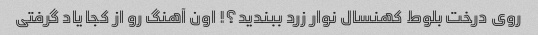
روی درخت بلوط کهنسال نوار زرد ببندید؟! اون آهنگ رو از کجا یاد گرفتی